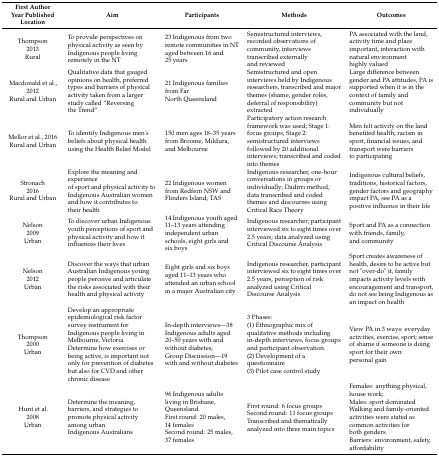
<table><thead><tr><td><b>First AuthorYear PublishedLocation</b></td><td><b>Aim</b></td><td><b>Participants</b></td><td><b>Methods</b></td><td><b>Outcomes</b></td></tr></thead><tbody><tr><td>Thompson2013Rural</td><td>To provide perspectives on physical activity as seen by Indigenous people living remotely in the NT</td><td>23 Indigenous from two remote communities in NT aged between 16 and 25 years</td><td>Semistructured interviews, recorded observations of community, interviews transcribed externally and reviewed</td><td>PA associated with the land, activity time and place important, interaction with natural environment highly valued</td></tr><tr><td>Macdonald et al., 2012Rural and Urban</td><td>Qualitative data that gauged opinions on health, preferred types and barriers of physical activity taken from a larger study called “Reversing the Trend”</td><td>21 Indigenous families from Far North Queensland</td><td>Semistructured and open interviews held by Indigenous researchers, transcribed and major themes (shame, gender roles, deferral of responsibility) extracted</td><td>Large difference between gender and PA attitudes, PA is supported when it is in the context of family and community but not individually</td></tr><tr><td>Mellor et al., 2016Rural and Urban</td><td>To identify Indigenous men&#x27;s beliefs about physical health using the Health Belief Model</td><td>150 men ages 18–35 years from Broome, Mildura, and Melbourne</td><td>Participatory action research framework was used; Stage 1: focus groups; Stage 2: semistructured interviews followed by 20 additional interviews; transcribed and coded into themes</td><td>Men felt activity on the land benefited health; racism in sport, financial issues, and transport were barriers to participating</td></tr><tr><td>Stronach2016Rural and Urban</td><td>Explore the meaning and experienceof sport and physical activity to Indigenous Australian women and how it contributes to their health</td><td>22 Indigenous women from Redfern NSW and Flinders Island, TAS</td><td>Indigenous researcher, one-hour conversations in groups or individually; Dadirri method; data transcribed and coded themes and discourses using Critical Race Theory</td><td>Indigenous cultural beliefs, traditions, historical factors, gender factors and geography impact PA; see PA as a positive influence in their life</td></tr><tr><td>Nelson2009Urban</td><td>To discover urban Indigenous youth perceptions of sport and physical activity and how it influences their lives</td><td>14 Indigenous youth aged 11–13 years attending independent urban schools, eight girls and six boys</td><td>Indigenous researcher; participant interviewed six to eight times over 2.5 years; data analyzed using Critical Discourse Analysis</td><td>Sport and PA as a connection with friends, family, and community</td></tr><tr><td>Nelson2012Urban </td><td>Discover the ways that urban Australian Indigenous young people perceive and articulate the risks associated with their health and physical activity</td><td>Eight girls and six boys aged 11–13 years who attended an urban school in a major Australian city</td><td>Indigenous researcher, participant interviewed six to eight times over 2.5 years, perception of risk analyzed using Critical Discourse Analysis</td><td>Sport creates awareness of health, desire to be active but not &quot;over-do&quot; it, family impacts activity levels with encouragement and transport, do not see being Indigenous as an impact on health</td></tr><tr><td>Thompson2000Urban</td><td>Develop an appropriate epidemiological risk factor survey instrument for Indigenous people living in Melbourne, Victoria.Determine how exercises or being active, is important not only for prevention of diabetes but also for CVD and other chronic disease</td><td>In-depth interviews—38 Indigenous adults aged 20–50 years with and without diabetes;Group Discussion—19 with and without diabetes</td><td>3 Phases:(1) Ethnographic mix of qualitative methods including in-depth interviews, focus groups and participant observation.(2) Development of a questionnaire(3) Pilot case control study</td><td>View PA in 3 ways: everyday activities, exercise, sport; sense of shame if someone is doing sport for their own personal gain</td></tr><tr><td>Hunt et al.2008Urban</td><td>Determine the meaning,barriers, and strategies to promote physical activity among urban Indigenous Australians</td><td>96 Indigenous adults living in Brisbane, Queensland.First round: 20 males, 14 femalesSecond round: 25 males, 37 females</td><td>First round: 6 focus groupsSecond round: 11 focus groupsTranscribed and thematically analyzed into three main topics</td><td>Females: anything physical, house work;Males: sport dominatedWalking and family-oriented activities were stated as common activities for both genders.Barriers: environment, safety, affordability</td></tr></tbody></table>